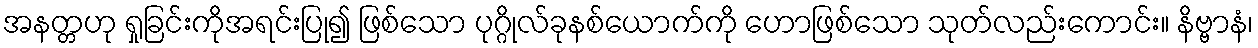
အနတ္တဟု ရှုခြင်းကိုအရင်းပြု၍ ဖြစ်သော ပုဂ္ဂိုလ်ခုနစ်ယောက်ကို ဟောဖြစ်သော သုတ်လည်းကောင်း။ နိဗ္ဗာနံ၊